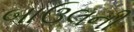
બાઉલની